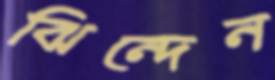
ঝিন্দেন